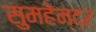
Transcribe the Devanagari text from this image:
सुमहेन्द्र